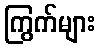
ကြွက်များ